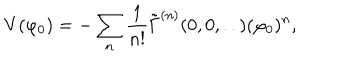
LaTeX: V ( \varphi _ { 0 } ) = - \sum _ { n } \frac { 1 } { n ! } \tilde { \Gamma } ^ { ( n ) } ( 0 , 0 , . . ) ( \varphi _ { 0 } ) ^ { n } ,